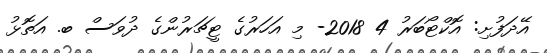
އޭދަފުށި: އޮކްޓޯބަރު 4 2018- މި އަހަރުގެ ޓީޗަރުންގެ ދުވަސް ބ. އަތޮޅު